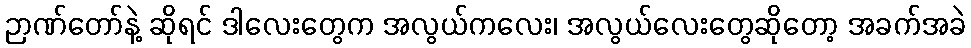
ဉာဏ်တော်နဲ့ ဆိုရင် ဒါလေးတွေက အလွယ်ကလေး၊ အလွယ်လေးတွေဆိုတော့ အခက်အခဲ